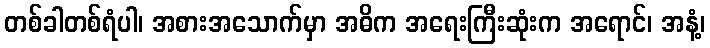
တစ်ခါတစ်ရံပါ၊ အစားအသောက်မှာ အဓိက အရေးကြီးဆုံးက အရောင်၊ အနံ့၊